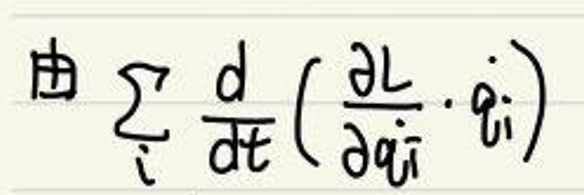
由\(\sum_i \frac{d}{dt}\left(\frac{\partial L}{\partial \dot{q}_i}\cdot \dot{q}_i\right)\)